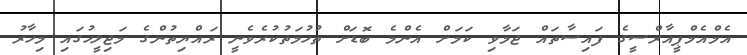
އެމްއެމްޕީއާރްސީގެ ފައިސާތައް ޖަމާވި ކަމަށް އެންމެ ބޮޑަށް ތުހުމަތުކުރެވެނީ ރައްޔިތުންގެ މަޖިލީހުގައި މިހާރު